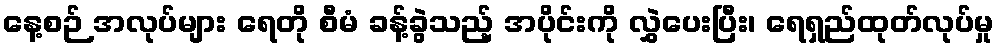
နေ့စဉ် အလုပ်များ ရေတို စီမံ ခန့်ခွဲသည့် အပိုင်းကို လွှဲပေးပြီး၊ ရေရှည်ထုတ်လုပ်မှု